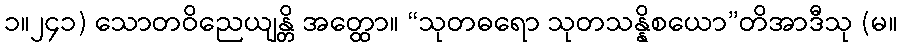
၁။၂၄၁) သောတဝိညေယျန္တိ အတ္ထော။ “သုတဓရော သုတသန္နိစယော”တိအာဒီသု (မ။